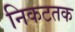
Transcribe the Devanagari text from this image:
निकटतक